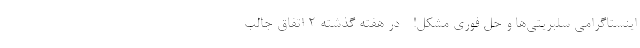
اینستاگرامی سلبریتی‌ها و حل فوری مشکل! - در هفته گذشته 2 اتفاق جالب